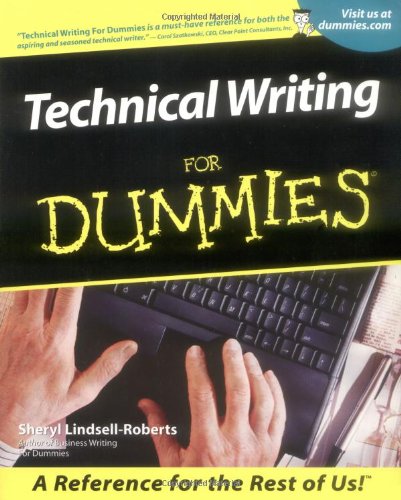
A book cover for Technical Writing For Dummies; Sheryl Lindsell-Roberts; Business & Money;